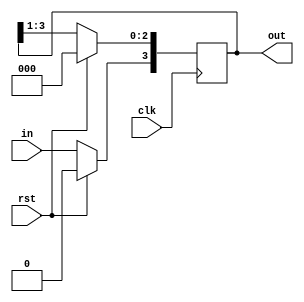
`timescale 1ns / 1ps

module shift_register(clk, rst, in, out);
input clk, rst, in;
output [3:0] out;
reg [3:0] out;

initial out = 4'b0000;

always @(posedge clk) begin
if (rst == 1'b1) out = 4'b0000;
else begin
out = out>>1;
out[3] = in;
end
end
endmodule